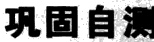
巩固自源